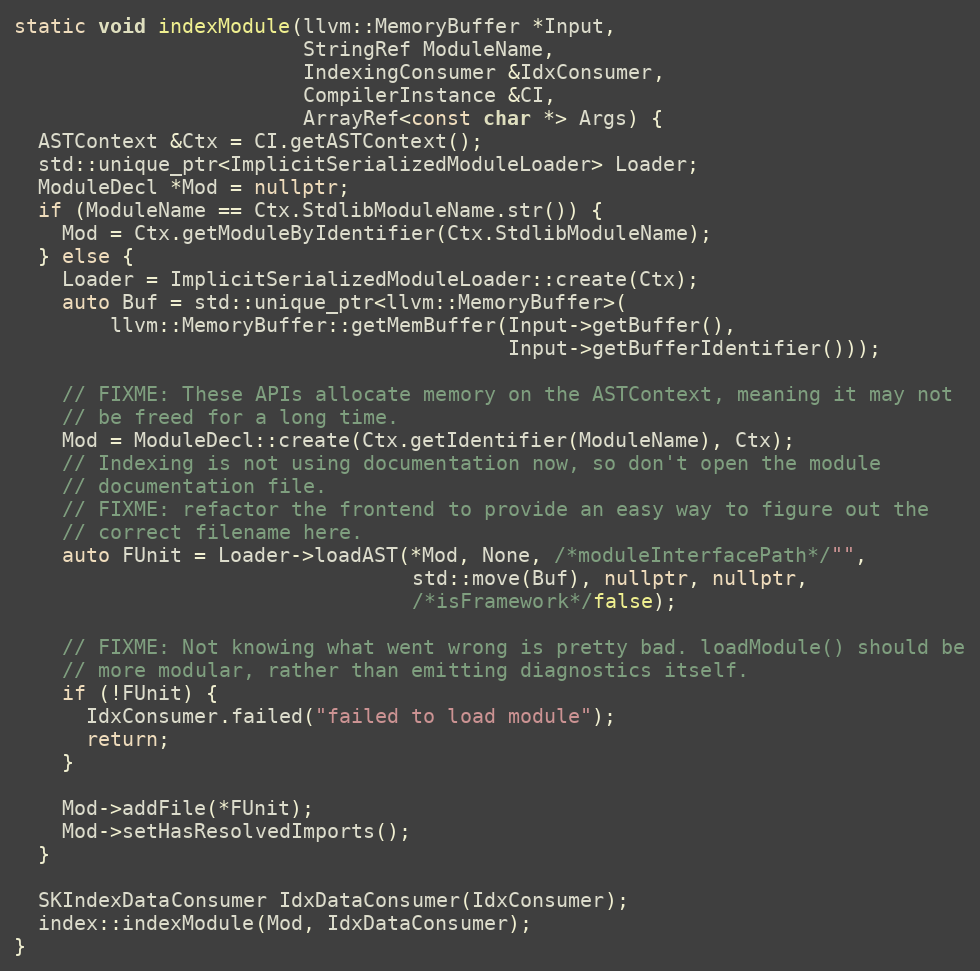
Language: C++
static void indexModule(llvm::MemoryBuffer *Input,
                        StringRef ModuleName,
                        IndexingConsumer &IdxConsumer,
                        CompilerInstance &CI,
                        ArrayRef<const char *> Args) {
  ASTContext &Ctx = CI.getASTContext();
  std::unique_ptr<ImplicitSerializedModuleLoader> Loader;
  ModuleDecl *Mod = nullptr;
  if (ModuleName == Ctx.StdlibModuleName.str()) {
    Mod = Ctx.getModuleByIdentifier(Ctx.StdlibModuleName);
  } else {
    Loader = ImplicitSerializedModuleLoader::create(Ctx);
    auto Buf = std::unique_ptr<llvm::MemoryBuffer>(
        llvm::MemoryBuffer::getMemBuffer(Input->getBuffer(),
                                         Input->getBufferIdentifier()));

    // FIXME: These APIs allocate memory on the ASTContext, meaning it may not
    // be freed for a long time.
    Mod = ModuleDecl::create(Ctx.getIdentifier(ModuleName), Ctx);
    // Indexing is not using documentation now, so don't open the module
    // documentation file.
    // FIXME: refactor the frontend to provide an easy way to figure out the
    // correct filename here.
    auto FUnit = Loader->loadAST(*Mod, None, /*moduleInterfacePath*/"",
                                 std::move(Buf), nullptr, nullptr,
                                 /*isFramework*/false);

    // FIXME: Not knowing what went wrong is pretty bad. loadModule() should be
    // more modular, rather than emitting diagnostics itself.
    if (!FUnit) {
      IdxConsumer.failed("failed to load module");
      return;
    }

    Mod->addFile(*FUnit);
    Mod->setHasResolvedImports();
  }

  SKIndexDataConsumer IdxDataConsumer(IdxConsumer);
  index::indexModule(Mod, IdxDataConsumer);
}